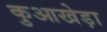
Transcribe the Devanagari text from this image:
कुआखेड़ा